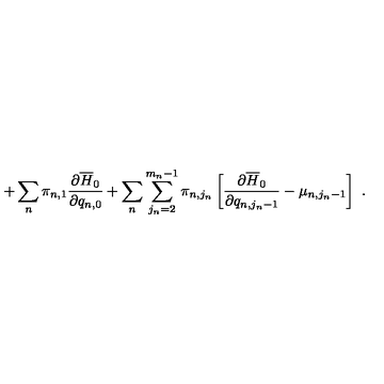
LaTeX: + \sum _ { n } \pi _ { n , 1 } \frac { \partial \overline { { H } } _ { 0 } } { \partial q _ { n , 0 } } + \sum _ { n } \sum _ { j _ { n } = 2 } ^ { m _ { n } - 1 } \pi _ { n , j _ { n } } \left[ \frac { \partial \overline { { H } } _ { 0 } } { \partial q _ { n , j _ { n } - 1 } } - \mu _ { n , j _ { n } - 1 } \right] \ .